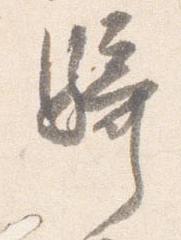
騎